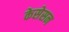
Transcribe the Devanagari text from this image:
केसेसन